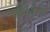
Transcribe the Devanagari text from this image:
पोंतियानक